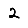
Digit: 2